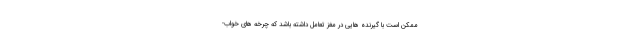
ممکن است با گیرنده هایی در مغز تعامل داشته باشد که چرخه های خواب-